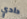
دادي